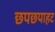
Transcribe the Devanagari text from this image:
छपछपाहट